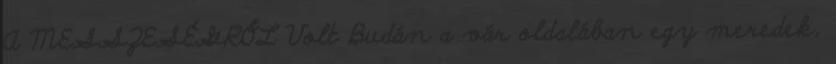
A MESSZESÉGRŐL Volt Budán a vár oldalában egy meredek,